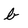
Character: b